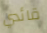
قائدي